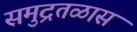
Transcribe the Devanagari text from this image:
समुद्रतळास